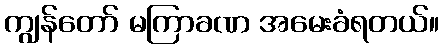
ကျွန်တော် မကြာခဏ အမေးခံရတယ်။